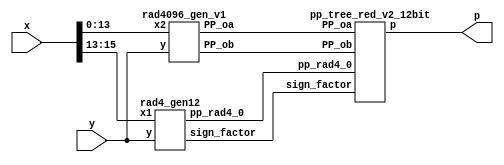
// Qx = 8, Qy = 12

module LOBOq2_14bit_1C_v2(
    input [15:0] x,
    input [15:0] y,
    output [31:0] p
    );

    // Generate pp
    
    // Radix 4 pp
    
    wire [16:0] pp_rad4_0;
    wire sign_factor;
    
    rad4_gen12 gen_rad4_pp( 
        .x1(x[15:13]), .y(y),
        .pp_rad4_0(pp_rad4_0),
        .sign_factor(sign_factor));
        
    // Radix 1024 pp 
   
    wire [16:0] PP_oa;
    wire [28:0] PP_ob;
    
    rad4096_gen_v1 gen_rad4096_pp( 
      .x2(x[13:0]),.y(y),
      .PP_oa(PP_oa),
      .PP_ob(PP_ob));
   
    // Tree
    pp_tree_red_v2_12bit wallace_tree(
        .pp_rad4_0(pp_rad4_0),
        .PP_oa(PP_oa),
        .PP_ob(PP_ob),
        .sign_factor(sign_factor),
        .p(p));

endmodule

module rad4_gen12( x1,y,pp_rad4_0,sign_factor);
// inputs
// y multiplicand
// x multipland 
// P1,P2,P3 partial products
input [15:0] y;
input [2:0] x1;
// output
output [16:0] pp_rad4_0;
output  sign_factor;

wire one,two,sign;


code code0(one,two,sign,x1[2],x1[1], x1[0]);



wire [16:0] tmp1_pp; 
assign tmp1_pp = {y[15],y}; // This variable is introduced because pp has 17 bits

// first pp generation 
wire [17:0] out1;
assign out1[0] = sign;

genvar i;
generate
	for ( i = 0; i < 17; i = i+1 )
		begin : pp_rad4_first 
		product pp_pr(tmp1_pp[i],out1[i],one,two,sign,pp_rad4_0[i],out1[i+1]);
		end
endgenerate


sgn_gen sgn_x(one,two,sign,sign_factor);
endmodule

module code(one,two,sign,y2,y1,y0);
	input y2,y1,y0;
	output one,two,sign;
	wire [1:0]k;
	xor x1(one,y0,y1);
	xor x2(k[1],y2,y1);
	not n1(k[0],one);
	and a1(two,k[0],k[1]);
	assign sign=y2;
endmodule

module product(x1,x0,one,two,sign,p,i);
	input x1,x0,sign,one,two;
	output p,i;
	wire [1:0] k;
	xor xo1(i,x1,sign);
	and a1(k[1],i,one);
	and a0(k[0],x0,two);
	or o1(p,k[1],k[0]);
endmodule

module sgn_gen(one,two,sign,sign_factor);
	input sign,one,two;
	output sign_factor;
	wire k;
	or o1(k,one,two);
	and a1(sign_factor,sign,k);
endmodule

module rad4096_gen_v1(x2,y,PP_oa,PP_ob);

// inputs
// y multiplicand
// x multipland 
// P0a -> x,P0b -> partial products
input [15:0] y;
input [13:0] x2;
// output
output [16:0] PP_oa;
output [28:0] PP_ob;


// LOD detection X
// First calculate abs(x2)
// then apply LOD

wire [13:0] abs_x2;
wire [6:0] k_x2;
wire [2:0] k_x2_enc;
wire zero_x2;


sec_complement_w14 x0_abs_gen
		(
            .data_in(x2), 
            .sign(x2[13]),
            .data_out(abs_x2) 
        );

LOD14_quant lod_x2(abs_x2,zero_x2,k_x2);

PriorityEncoder_7 PEx(k_x2,k_x2_enc);

// LOD detection Y
wire [15:0] y_abs;
wire [3:0] k_y;
wire [1:0] k_y_enc;
wire zero_y;

sec_complement_w16 y_abs_gen 
		(
            .data_in(y), 
            .sign(y[15]),
            .data_out(y_abs) 
        );	


LOD16_quant lod16_y(y_abs[15:12],zero_y,k_y);
PriorityEncoder_4 PEy(k_y,k_y_enc);


// Reset bit on k_x position of X and invert it i
wire [13:0] x20; // value after bit reset


assign x20[13:8] =  abs_x2[13:8] & (~k_x2[6:1]);
assign x20[7:1] = abs_x2[7:1];
assign x20[0] = abs_x2[0] & (~k_x2[0]);

// generation of P0a and P0b

// generation of P0a and P0b
wire prod_sign;
wire [13:0] tmp_out0;
wire [15:0] tmp_out1;

assign prod_sign = x2[13] ^ y[15];


wire [13:0] x20_signed;
wire [15:0] y_signed;

sec_complement_w14 x20_sign_gen 
		(
            .data_in(x20), 
            .sign(prod_sign),
            .data_out(tmp_out0) 
        );

		  
sec_complement_w16 y_sign_gen 
		(
            .data_in(y_abs), 
            .sign(prod_sign),
            .data_out(tmp_out1) 
        );

assign y_signed = (!zero_x2) ? tmp_out1 : 16'b0;			
assign x20_signed = (!zero_y) ? tmp_out0 : 14'b0;


Barrel27L_14_quant gen_P0b(
			  .shift_i(k_x2_enc),
             .data_i(y_signed),
             .data_o(PP_ob));
						  
Barrel15L_16 gen_P0a(
            .data_i(x20_signed),
            .shift_i(k_y_enc),
            .data_o(PP_oa));
			
endmodule 

module LOD16_quant(
    input [3:0] data_i,
    output zero_o,
    output [3:0] data_o
    );
	 
	 wire [3:0] z;
	 
	 //*****************************************
	 // Zero detection logic:
	 //*****************************************
	 assign zdet = data_i[3] | data_i[2] | data_i[1] | data_i[0];
	 assign zero_o = ~ zdet;
		 
		 
	 //*****************************************
	 // LODs:
	 //*****************************************
	 LOD4 lod4_1 (
		.data_i(data_i), 
		.data_o(data_o)
	 );
	 
	 
	 //*****************************************
	 // Multiplexers :
	 //*****************************************

endmodule


module LOD14_quant(
    input [13:0] data_i,
    output zero_o,
    output [6:0] data_o
    );
	
	 wire [5:0] tmp_in;
	 wire [5:0] z;
	 wire [1:0] zdet;
	 wire [1:0] select;
	 //*****************************************
     // Quantization 
     //*****************************************
	 assign tmp_in[5:4] = data_i[12:11];
	 assign tmp_in[3:1] = data_i[10:8];
	 assign tmp_in[0] =  |data_i[7:0];
	 //*****************************************
	 // Zero detection logic:
	 //*****************************************
	 assign zdet[0] = tmp_in[3] | tmp_in[2] | tmp_in[1] | tmp_in[0];
	 assign zdet[1] = tmp_in[5] | tmp_in[4];
	 assign zero_o = ~(data_i[13] |  zdet[0]  | zdet[1] );
		 
		 
	 //*****************************************
	 // LODs:
	 //*****************************************
	 LOD4 lod4_1 (
		.data_i(tmp_in[3:0]), 
		.data_o(z[3:0])
	 );
	 
	  LOD2 lod2_2 (
            .data_i(tmp_in[5:4]), 
            .data_o(z[5:4])
         );
	 LOD2 lod2_3 (
                .data_i(zdet), 
                .data_o(select)
             );
	 
	 //*****************************************
	 // Multiplexers :
	 //*****************************************	
	 assign data_o[6] = data_i[13];
	 
	 Muxes2in1Array2 Inst_MUX214_1 (
        .data_i(z[5:4]), 
        .select_i(select[1]), 
        .data_o(data_o[5:4])
    );

	 Muxes2in1Array4 Inst_MUX214_0 (
		.data_i(z[3:0]), 
		.select_i(select[0]), 
		.data_o(data_o[3:0])
    );

endmodule


module LOD3(
    input [2:0] data_i,
    output [2:0] data_o
    );
	 
	 
	 wire mux0;
	 wire mux1;
	
	 
	 // multiplexers:
	 assign mux1 = (data_i[2]==1) ? 1'b0 : 1'b1;
	 assign mux0 = (data_i[1]==1) ? 1'b0 : mux1;
	 
	 //gates and IO assignments:
	 assign data_o[2] = data_i[2];
	 assign data_o[1] =(mux1 & data_i[1]);
	 assign data_o[0] =(mux0 & data_i[0]);
	 
endmodule

module LOD4(
    input [3:0] data_i,
    output [3:0] data_o
    );
	 
	 
	 wire mux0;
	 wire mux1;
	 wire mux2;
	 
	 // multiplexers:
	 assign mux2 = (data_i[3]==1) ? 1'b0 : 1'b1;
	 assign mux1 = (data_i[2]==1) ? 1'b0 : mux2;
	 assign mux0 = (data_i[1]==1) ? 1'b0 : mux1;
	 
	 //gates and IO assignments:
	 assign data_o[3] = data_i[3];
	 assign data_o[2] =(mux2 & data_i[2]);
	 assign data_o[1] =(mux1 & data_i[1]);
	 assign data_o[0] =(mux0 & data_i[0]);
	 

endmodule

module LOD2(
    input [1:0] data_i,
    output [1:0] data_o
    );
	 
	 
	 //gates and IO assignments:
	 assign data_o[1] = data_i[1];
	 assign data_o[0] =(~data_i[1] & data_i[0]);
	 

endmodule

module Muxes2in1Array4(
    input [3:0] data_i,
    input select_i,
    output [3:0] data_o
    );

	assign data_o[3] = select_i ? data_i[3] : 1'b0;
	assign data_o[2] = select_i ? data_i[2] : 1'b0;
	assign data_o[1] = select_i ? data_i[1] : 1'b0;
	assign data_o[0] = select_i ? data_i[0] : 1'b0;
	
endmodule

module Muxes2in1Array2(
    input [1:0] data_i,
    input select_i,
    output [1:0] data_o
    );
    
	assign data_o[1] = select_i ? data_i[1] : 1'b0;
	assign data_o[0] = select_i ? data_i[0] : 1'b0;
	
endmodule

module PriorityEncoder_4(
    input [3:0] data_i,
    output reg [1:0] code_o
    );

	always @*
		case (data_i)
	     4'b0001 : code_o = 3'b00;
         4'b0010 : code_o = 3'b01;
         4'b0100 : code_o = 3'b10;
		 default  : code_o = 3'b11;
		endcase		
endmodule

module PriorityEncoder_7(
    input [6:0] data_i,
    output reg [2:0] code_o
    );

	  always @*
		case (data_i)
	     7'b0000001 : code_o = 3'b000;
         7'b0000010 : code_o = 3'b001;
         7'b0000100 : code_o = 3'b010;
         7'b0001000 : code_o = 3'b011;
         7'b0010000 : code_o = 3'b100;
         7'b0100000 : code_o = 3'b101;
		 default  : code_o = 3'b110;
		endcase		
	endmodule



module Barrel27L_14_quant(
    input [15:0] data_i,
    input [2:0] shift_i,
    output reg [28:0] data_o
    );
	
	wire [28:0] tmp;
   assign tmp = {{13{data_i[15]}},data_i};
  // assign tmp = {data_i};
  always @*
     case (shift_i)
        3'b000: data_o = tmp;
        3'b001: data_o = tmp << 8;
        3'b010: data_o = tmp << 9;
	    3'b011: data_o = tmp << 10;
	    3'b100: data_o = tmp << 11;		
        default: data_o = tmp << 12;
     endcase
endmodule

module Barrel15L_16(
    input [13:0] data_i,
    input [1:0] shift_i,
    output reg [16:0] data_o
    );
   wire [16:0] tmp;
   assign tmp = {{3{data_i[13]}},data_i};
  //assign tmp = {data_i};
   always @*
      case (shift_i)
         2'b00: data_o = tmp;
         2'b01: data_o = tmp << 1;
         2'b10: data_o = tmp << 2;
         default: data_o = tmp << 3;
      endcase


endmodule


module pp_tree_red_v2_12bit(pp_rad4_0,PP_oa,PP_ob,sign_factor,p);
// inputs
// pp_rad4_x - Rad4
// PP_oa, PP_ob - Rad1024
input [16:0] pp_rad4_0;
input [16:0] PP_oa;
input [28:0] PP_ob;
input  sign_factor;
// output
// product p
output [31:0] p;

// generate negative MSBs
wire [2:0] E_MSB;
not n1(E_MSB[0],PP_ob[28]);
not n2(E_MSB[1],PP_oa[16]);
not n3(E_MSB[2],pp_rad4_0[16]);


// Reduction 

// First reduction

// first group
wire [15:0] sum00_FA;
wire [15:0] carry00_FA;


wire [15:0] tmp001_FA;
wire [15:0] tmp002_FA;
wire [15:0] tmp003_FA;

assign tmp001_FA = {E_MSB[0],PP_ob[28:14]};
assign tmp002_FA = {E_MSB[1],PP_oa[16:2]};
assign tmp003_FA = {pp_rad4_0[15:0]};


genvar i001;
generate
	for (i001 = 0; i001 < 16; i001 = i001 + 1)
		begin : pp_fad00
		FAd pp_fad(tmp001_FA[i001],tmp002_FA[i001], tmp003_FA[i001], carry00_FA[i001],sum00_FA[i001]);
		end
endgenerate

wire sum00_HA;
wire carry00_HA;

assign sum00_HA = E_MSB[2];
assign carry00_HA = pp_rad4_0[16];

// CLA adder 

wire [31:0] tmp_ADD1;
wire [31:0] tmp_ADD2; 

assign tmp_ADD1 = {E_MSB[2],sum00_HA, sum00_FA,PP_ob[13:0]};
assign tmp_ADD2 = {carry00_HA, carry00_FA,sign_factor,PP_oa[1:0],12'b0};

// Final product

assign p = tmp_ADD1 + tmp_ADD2;

endmodule 

//adders design
module HAd(a,b,c,s);
	input a,b;
	output c,s;
	xor x1(s,a,b);
	and a1(c,a,b);
endmodule

module FAd(a,b,c,cy,sm);
	input a,b,c;
	output cy,sm;
	wire x,y,z;
	xor x1(x,a,b);
	xor x2(sm,x,c);
	and a1(y,a,b);
	and a2(z,x,c);
	or o1(cy,y,z);
endmodule

module FA(a,b,c,cy,sm);
	input a,b,c;
	output cy,sm;
	wire x,y,z;
	xor x1(x,a,b);
	xor x2(sm,x,c);
	and a1(y,a,b);
	and a2(z,x,c);
	or o1(cy,y,z);
endmodule


module sec_complement_w14
  (
   input [13:0] data_in,
   input sign,
   output [13:0] data_out
   );
     

 
  // Create the HA Adders
  genvar  ii;
  generate
    for (ii=0; ii<14; ii=ii+1) 
      begin: pc
         //assign data_out[ii] = data_in[ii] ^ (sign & w_C[ii-1]);
           assign data_out[ii] = data_in[ii] ^ (sign);

      end
  endgenerate
 
  // Create the Generate (G) Terms:  Gi=Ai*Bi
  // Create the Propagate Terms: Pi=Ai+Bi
  // Create the Carry Terms:

 
endmodule // carry_lookahead_adder

module sec_complement_w16
  (
   input [15:0] data_in,
   input sign,
   output [15:0] data_out
   );
     

 
  // Create the HA Adders
  genvar  ii;
  generate
    for (ii=0; ii<16; ii=ii+1) 
      begin: pc
        // assign data_out[ii] = data_in[ii] ^ (sign & w_C[ii-1]);
	   assign data_out[ii] = data_in[ii] ^ (sign);

      end
  endgenerate
 
  // Create the Generate (G) Terms:  Gi=Ai*Bi
  // Create the Propagate Terms: Pi=Ai+Bi
  // Create the Carry Terms:

endmodule // carry_lookahead_adder